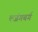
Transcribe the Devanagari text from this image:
ल्जंगबर्ग